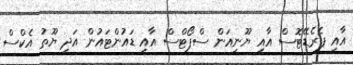
އާއި ޕެރެޑޭޓޮސް އާއި ޔޫނިއަން ސްޕޯޓްސް އާއި ޑައުންޓައުން އަދި ޔޫތު އެކްސް